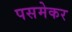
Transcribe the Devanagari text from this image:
पसमेकर